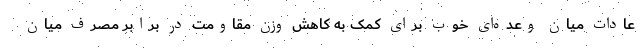
عادات میان وعده‌ای خوب برای کمک به کاهش وزن مقاومت در برابر مصرف میان